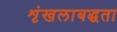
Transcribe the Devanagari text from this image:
शृंखलाबद्धता